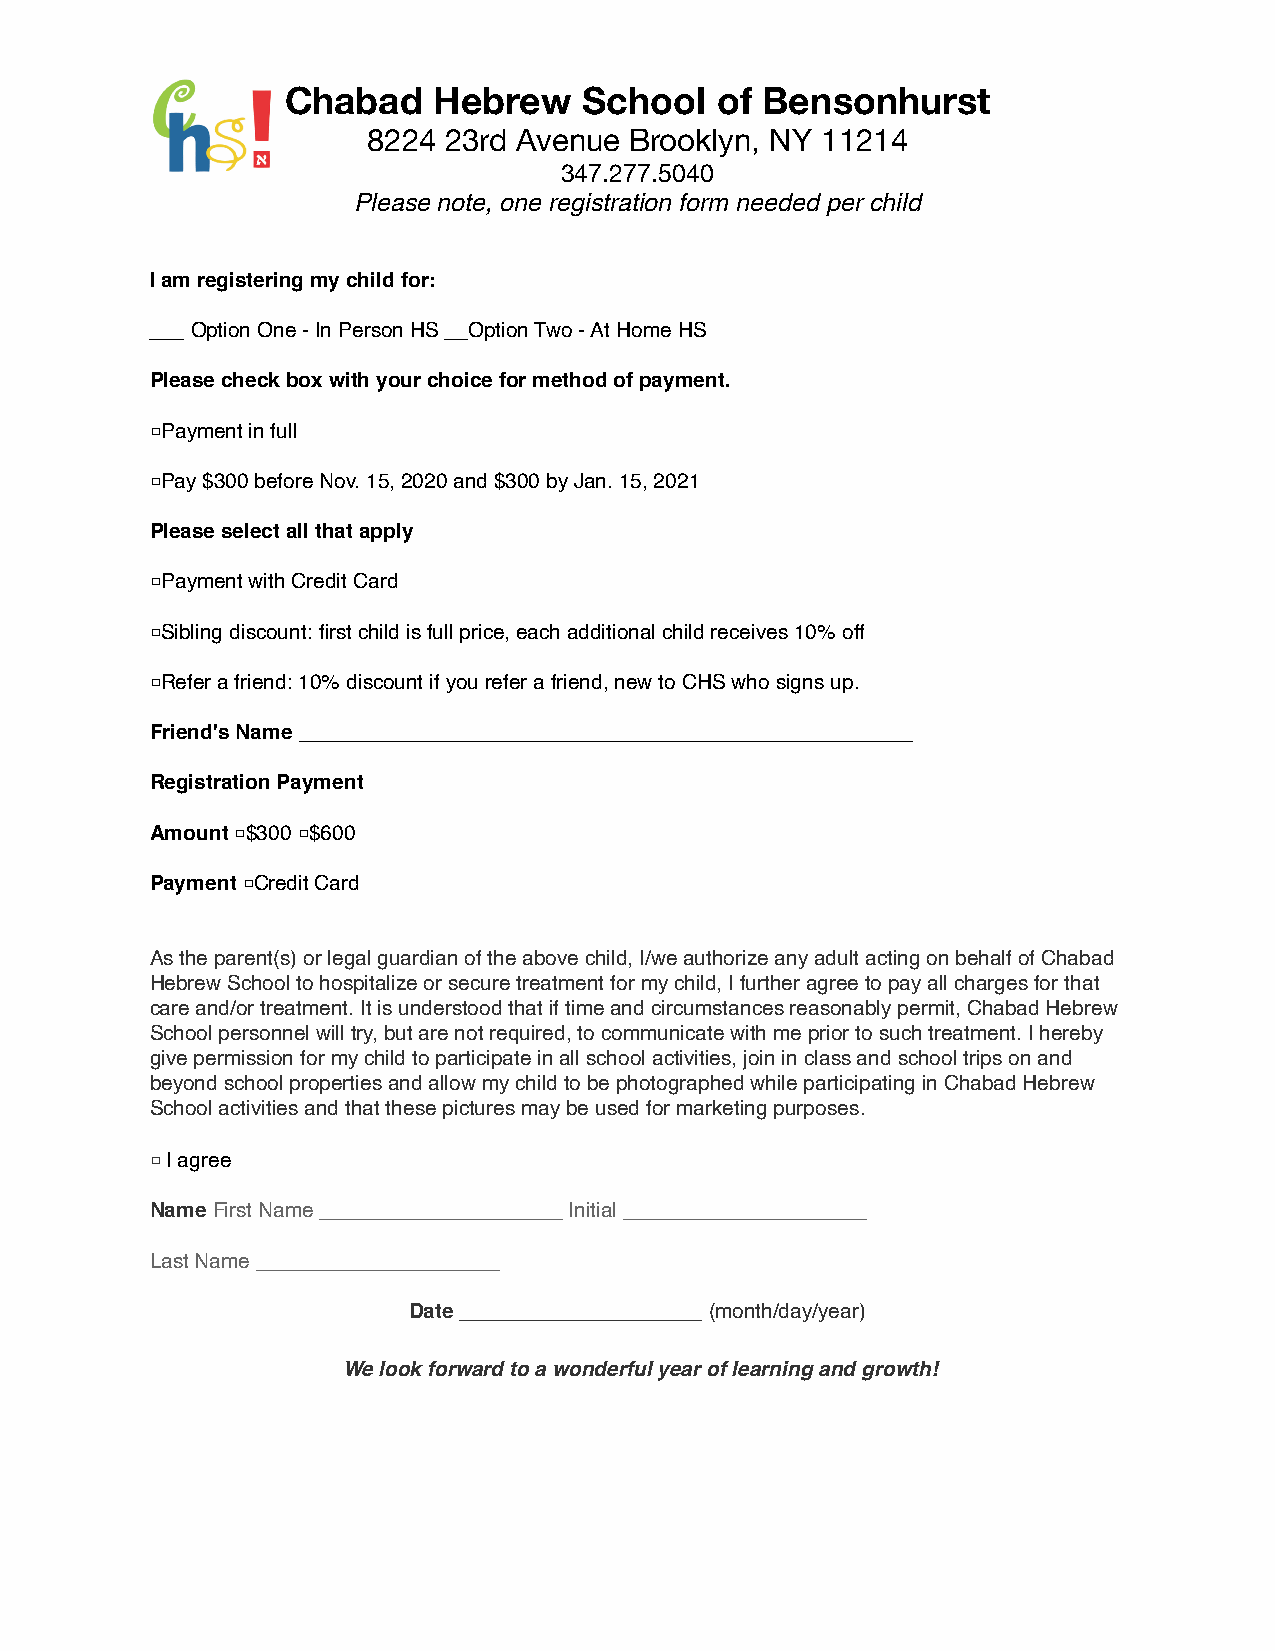
Chabad    Hebrew    School  of Bensonhurst
 8224 23rd Avenue  Brooklyn, NY 11214
 347.277.5040
 Please note, one registration form needed per child
 I am registering my child for:
 ___ Option One - In Person HS __Option Two - At Home HS
 Please check box with your choice for method of payment.
 □Payment in full
 □Pay $300 before Nov. 15, 2020 and $300 by Jan. 15, 2021
 Please select all that apply
 □Payment with Credit Card
 □Sibling discount: first child is full price, each additional child receives 10% off
 □Refer a friend: 10% discount if you refer a friend, new to CHS who signs up.
 Friend's Name _____________________________________________________
 Registration Payment
 Amount □$300 □$600
 Payment □Credit Card
 As the parent(s) or legal guardian of the above child, I/we authorize any adult acting on behalf of Chabad
 Hebrew School to hospitalize or secure treatment for my child, I further agree to pay all charges for that
 care and/or treatment. It is understood that if time and circumstances reasonably permit, Chabad Hebrew
 School personnel will try, but are not required, to communicate with me prior to such treatment. I hereby
 give permission for my child to participate in all school activities, join in class and school trips on and
 beyond school properties and allow my child to be photographed while participating in Chabad Hebrew
 School activities and that these pictures may be used for marketing purposes.
 □ I agree
 Name First Name _____________________ Initial _____________________
 Last Name _____________________
 Date _____________________ (month/day/year)
 We look forward to a wonderful year of learning and growth!